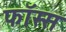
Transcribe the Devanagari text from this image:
फॉस्स